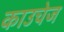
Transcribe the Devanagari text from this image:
काउचेज